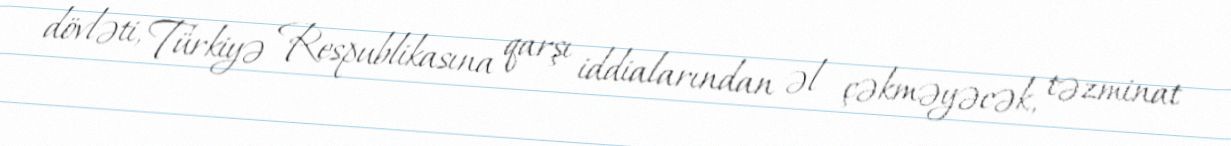
dövləti, Türkiyə Respublikasına qarşı iddialarından əl çəkməyəcək, təzminat